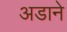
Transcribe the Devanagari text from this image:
अडाने